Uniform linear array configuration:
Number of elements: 16
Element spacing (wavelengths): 0.75
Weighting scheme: blackman
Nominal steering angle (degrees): -45
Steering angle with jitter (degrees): -43.258
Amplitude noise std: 0.05
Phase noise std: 0.05

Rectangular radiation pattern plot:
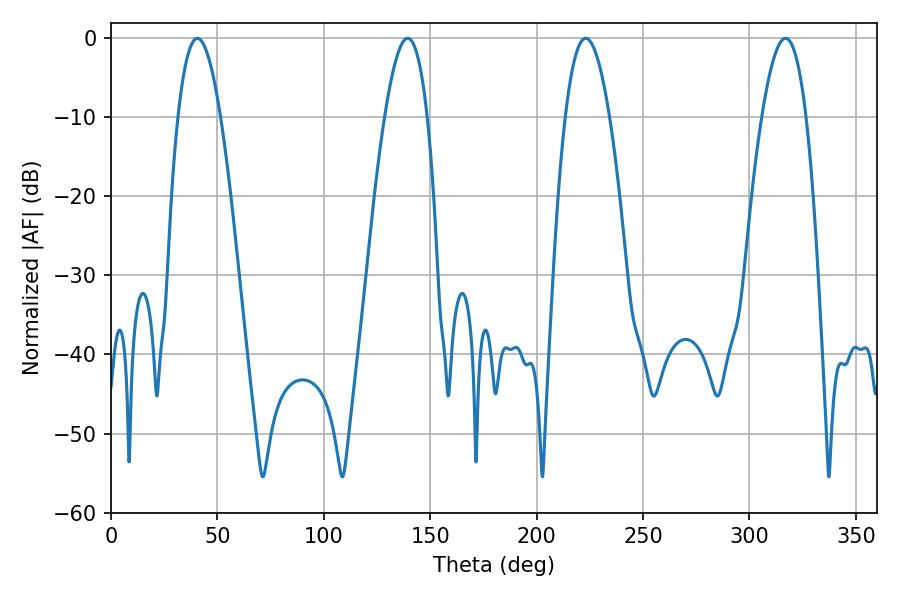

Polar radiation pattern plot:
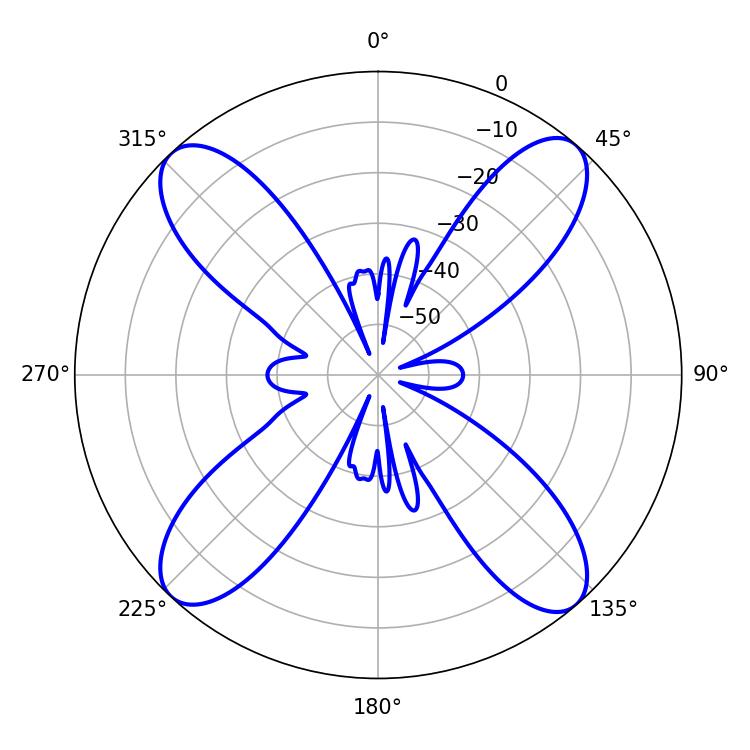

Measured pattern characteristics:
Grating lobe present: TRUE
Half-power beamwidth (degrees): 11.34
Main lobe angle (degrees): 223.02